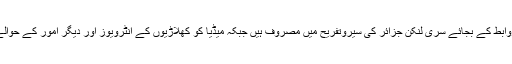
میڈیا ڈیپارٹمنٹ کے اہلکار میڈیا سے روابط کے بجائے سری لنکن جزائر کی سیروتفریح میں مصروف ہیں جبکہ میڈیا کو کھلاڑیوں کے انٹرویوز اور دیگر امور کے حوالے سے روابط میں دشواری کا سامناہے۔